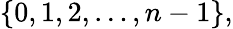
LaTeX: \{ 0,1,2,\dots,n-1\} ,